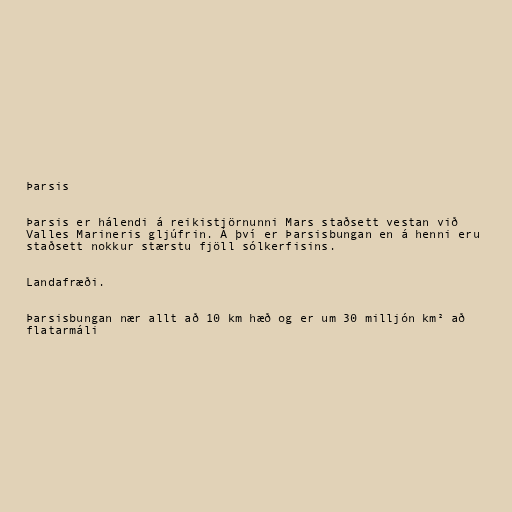
Þarsis

Þarsis er hálendi á reikistjörnunni Mars staðsett vestan við
Valles Marineris gljúfrin. Á því er Þarsisbungan en á henni eru
staðsett nokkur stærstu fjöll sólkerfisins.

Landafræði.

Þarsisbungan nær allt að 10 km hæð og er um 30 milljón km² að
flatarmáli